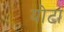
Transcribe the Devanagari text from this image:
योटा